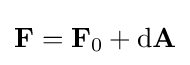
\mathbf {F} =\mathbf {F} _{0}+\mathrm {d} \mathbf {A}